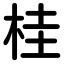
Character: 桂